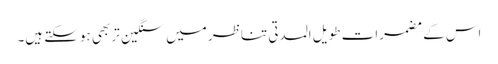
اس کے مضمرات طویل المدتی تناظر میں سنگین تر بھی ہوسکتے ہیں۔